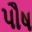
પૌષ